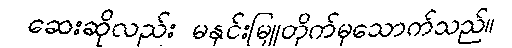
ဆေးဆိုလည်း မနှင်းမြူတိုက်မှသောက်သည်။